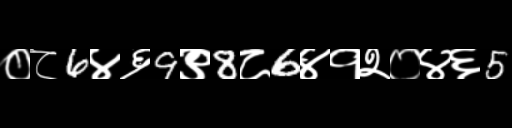
Text: ०८6४६9९8८6४१२०४६5